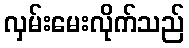
လှမ်းမေးလိုက်သည်